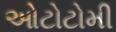
ઓટોટોમી